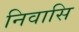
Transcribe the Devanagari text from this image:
निवासि